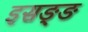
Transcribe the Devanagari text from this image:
इसङ्ङ